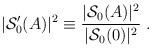
LaTeX: \begin{align*}|{\mathcal S}'_0(A)|^2 \equiv \frac{|{\mathcal S}_0(A)|^2}{|{\mathcal S}_0(0)|^2}\;.\end{align*}